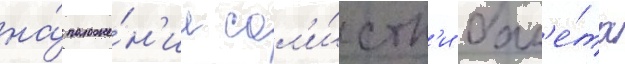
на́ положе́н'ие сол'и́стк'и бал'е́та